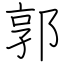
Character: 郭